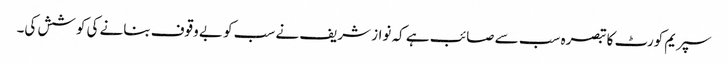
سپریم کورٹ کا تبصرہ سب سے صائب ہے کہ نواز شریف نے سب کو بے وقوف بنانے کی کوشش کی۔